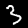
Digit: 3